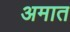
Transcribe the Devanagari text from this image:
अमात